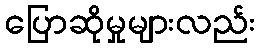
ပြောဆိုမှုများလည်း